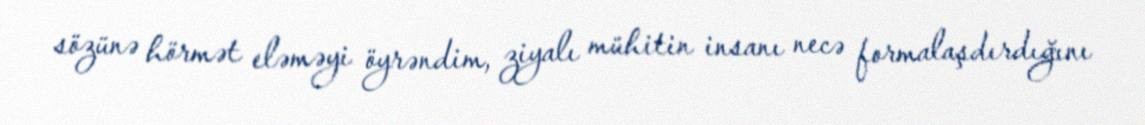
sözünə hörmət eləməyi öyrəndim, ziyalı mühitin insanı necə formalaşdırdığını